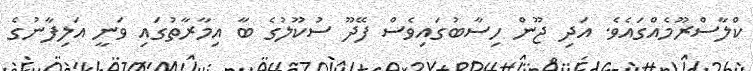
ކްލާސްރޫމެއްގައެވެ. އަދި ޖޫން ހިސާބުގައިވެސް ފޭދޫ ސުކޫލުގެ ބާ އިމާރާތުގައި ވަނީ އަލިފާނުގެ